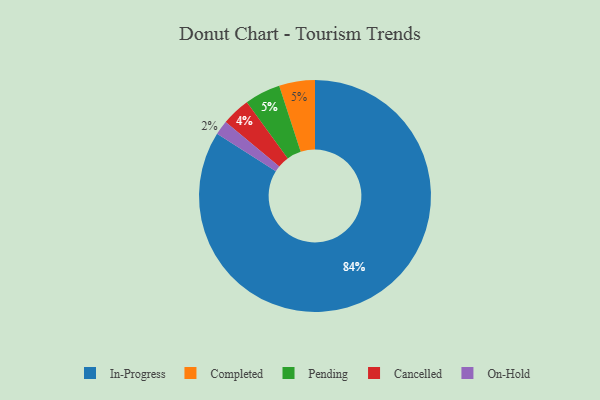
{"axis": {"x": "Category", "y": "Percentage"}, "legend": ["Cancelled", "Completed", "In-Progress", "On-Hold", "Pending"], "data": [{"x": "In-Progress", "y": 84, "type": "In-Progress"}, {"x": "Cancelled", "y": 4, "type": "Cancelled"}, {"x": "Completed", "y": 5, "type": "Completed"}, {"x": "Pending", "y": 5, "type": "Pending"}, {"x": "On-Hold", "y": 2, "type": "On-Hold"}]}